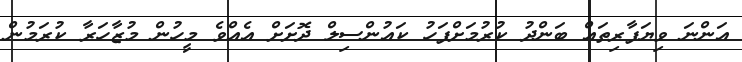
އަންނަ ވިޔަފާރިތައް ބަންދު ކުރުމަށްފަހު ކައުންސިލް ދޮށަށް އެއްވެ މީހުން މުޒާހަރާ ކުރަމުން